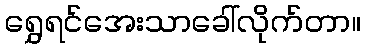
ရွှေရင်အေးသာခေါ်လိုက်တာ။